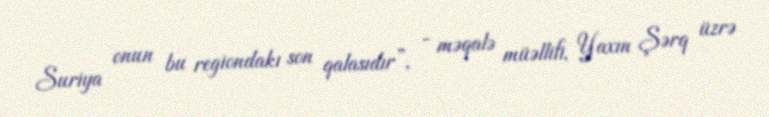
Suriya onun bu regiondakı son qalasıdır”, - məqalə müəllifi, Yaxın Şərq üzrə